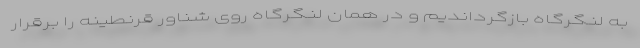
به لنگرگاه بازگرداندیم و در همان لنگرگاه روی شناور قرنطینه را برقرار